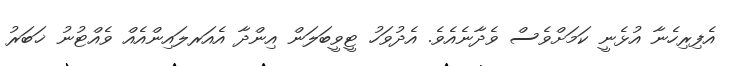
އެފިރިހެނާ އުޅެނީ ކަމަށްވެސް ވެދާނެއެވެ. އެދުވަހު ޓީވީބަލަން އިންދާ އެއަރލައިންއެއް ވެއްޓުނު ޚަބަރު